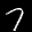
Label: 7